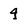
Character: 4